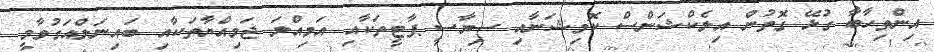
އިންތިހާބާ ގުޅޭ ގޮތުން އިލެކްޝަންސް ކޮމިޝަނާއި ސިޔާސީ ޕާޓީތަކާއި އަމިއްލަ ޖަމިއްޔާތަކާއި ބައިނަލްއަގުވާމީ